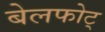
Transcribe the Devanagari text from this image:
बेलफोट्